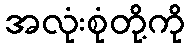
အလုံးစုံတို့ကို